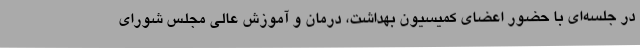
در جلسه‌ای با حضور اعضای کمیسیون بهداشت، درمان و آموزش عالی مجلس شورای